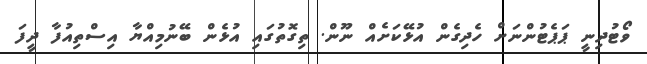
ވޯޓުދިނީ ޕަޕެޓުންނަށް ހެދިގެން އުޅޭކަށެއް ނޫން. ތިގޮތުގައި އުޅެން ބޭނުމިއްޔާ އިސްތިއުފާ ދީފަ